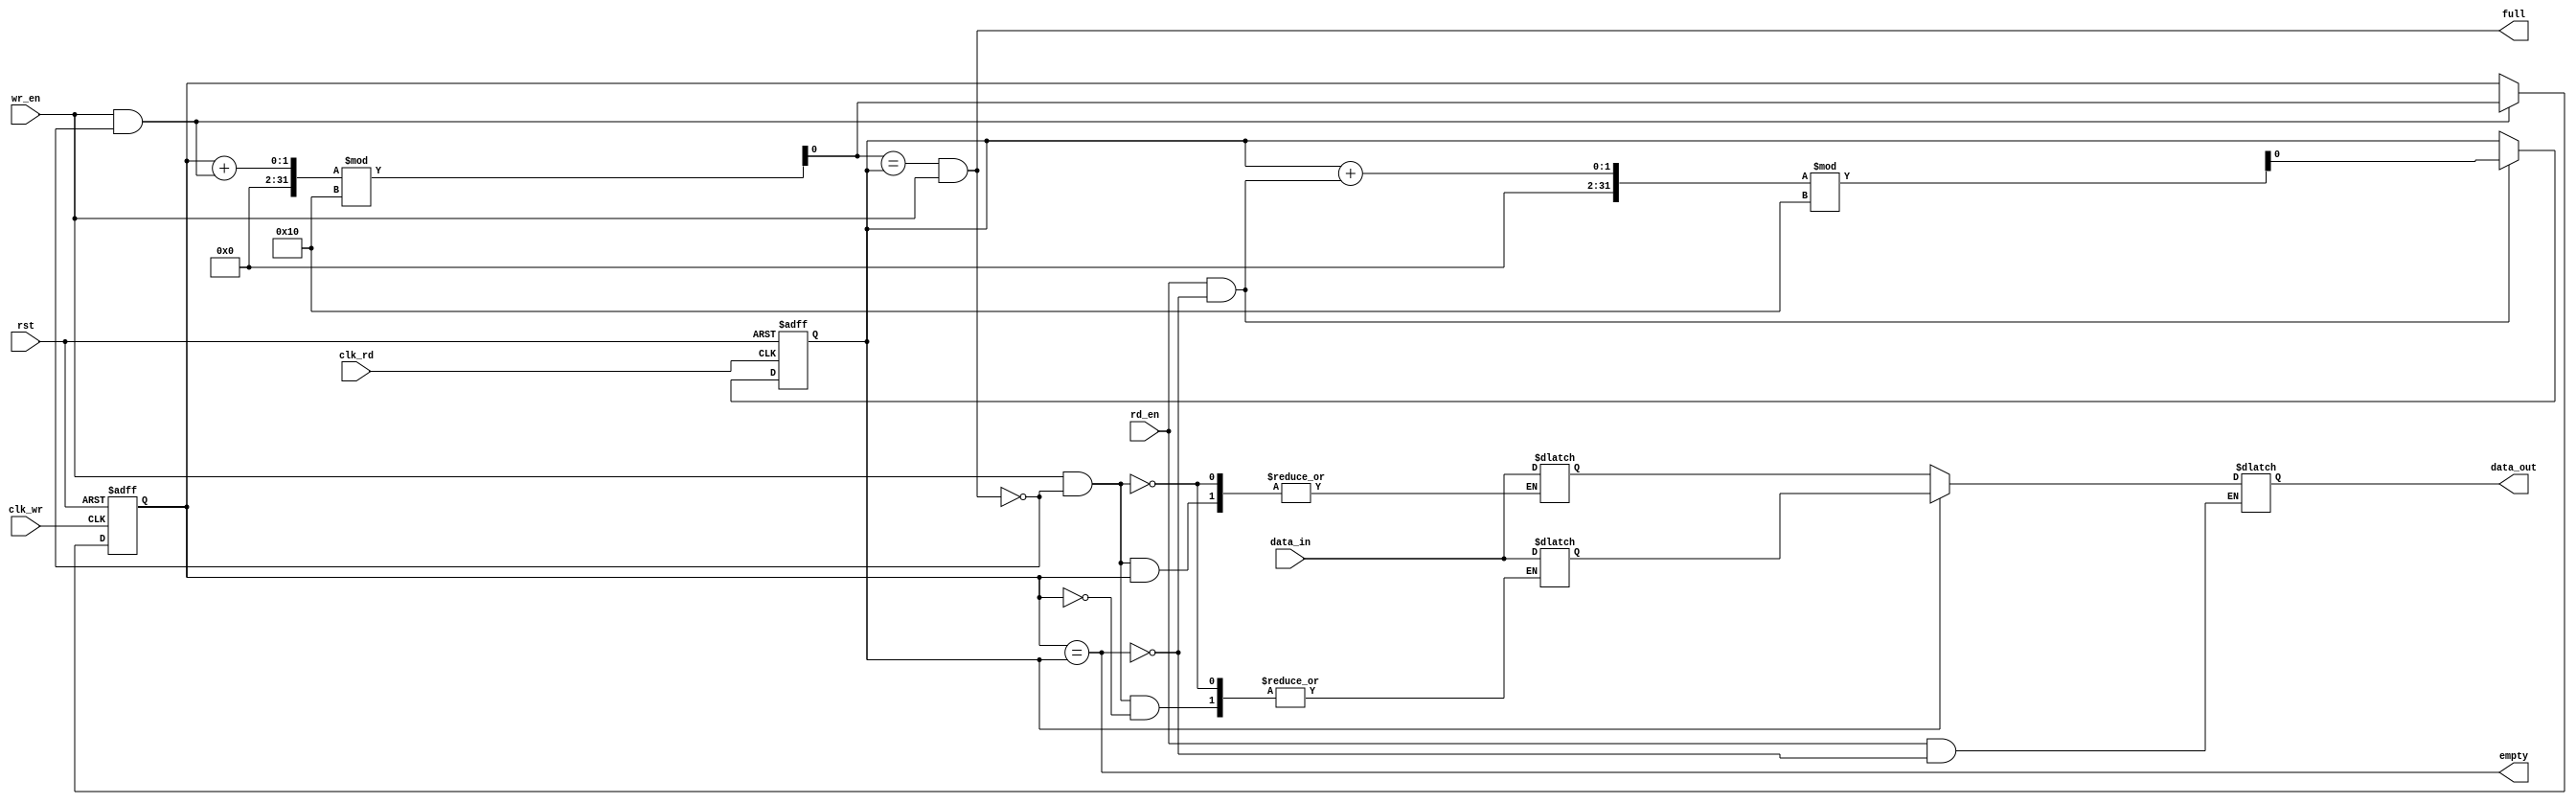
module synchronous_fifo (
    input wire clk_wr, // write clock
    input wire clk_rd, // read clock
    input wire rst, // reset
    input wire wr_en, // write enable
    input wire rd_en, // read enable
    input wire [DATA_WIDTH-1:0] data_in, // input data
    output wire [DATA_WIDTH-1:0] data_out, // output data
    output wire full, // flag indicating FIFO is full
    output wire empty // flag indicating FIFO is empty
);

parameter DEPTH = 16; // depth of FIFO buffer
parameter DATA_WIDTH = 8; // data width

reg [DATA_WIDTH-1:0] fifo [0:DEPTH-1]; // FIFO buffer
reg wr_ptr = 0; // write pointer
reg rd_ptr = 0; // read pointer
wire next_wr_ptr;
wire next_rd_ptr;
wire wr_ptr_en;
wire rd_ptr_en;

assign wr_ptr_en = wr_en & ~full;
assign rd_ptr_en = rd_en & ~empty;

assign next_wr_ptr = (wr_ptr + wr_ptr_en) % DEPTH;
assign next_rd_ptr = (rd_ptr + rd_ptr_en) % DEPTH;

assign full = (next_wr_ptr == rd_ptr) & wr_en; // FIFO full when write pointer is equal to read pointer
assign empty = wr_ptr == rd_ptr; // FIFO empty when write pointer is equal to read pointer

always @(posedge clk_wr or posedge rst)
begin
    if (rst)
        wr_ptr <= 0;
    else if (wr_ptr_en)
        wr_ptr <= next_wr_ptr;
end

always @(posedge clk_rd or posedge rst)
begin
    if (rst)
        rd_ptr <= 0;
    else if (rd_ptr_en)
        rd_ptr <= next_rd_ptr;
end

always @(*)
begin
    if (wr_en && ~full)
        fifo[wr_ptr] <= data_in; // write data into FIFO buffer
    if (rd_en && ~empty)
        data_out <= fifo[rd_ptr]; // read data from FIFO buffer
end

endmodule